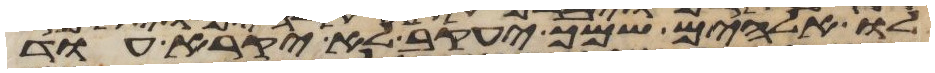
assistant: לו אלהים שמך יעקב לא יקרא עוד